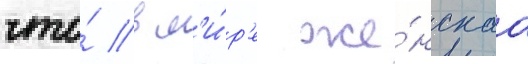
что́ в м'и́р'е же́нскаа